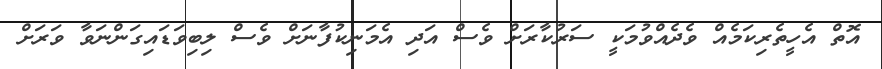
އޮތް އެހީތެރިކަމެއް ވެދެއްވުމަކީ ސަރުކާރަށް ވެސް އަދި އެމަނިކުފާނަށް ވެސް ލިބިވަޑައިގަންނަވާ ވަރަށް